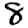
Digit: 8